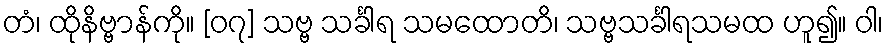
တံ၊ ထိုနိဗ္ဗာန်ကို။ [၀၇] သဗ္ဗ သင်္ခါရ သမထောတိ၊ သဗ္ဗသင်္ခါရသမထ ဟူ၍။ ဝါ၊